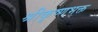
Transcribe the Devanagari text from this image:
श्रीकृष्णभक्त